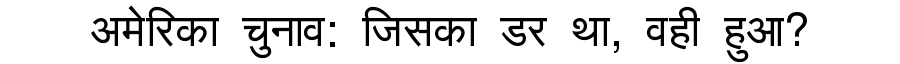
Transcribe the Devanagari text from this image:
अमेरिका चुनाव: जिसका डर था, वही हुआ?